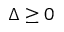
\Delta \ge 0